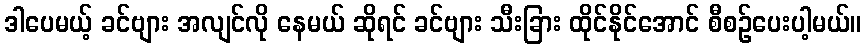
ဒါပေမယ့် ခင်ဗျား အလျင်လို နေမယ် ဆိုရင် ခင်ဗျား သီးခြား ထိုင်နိုင်အောင် စီစဉ်ပေးပါ့မယ်။